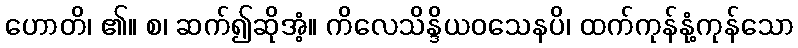
ဟောတိ၊ ၏။ စ၊ ဆက်၍ဆိုအံ့။ ကိလေသိန္ဒိယဝသေနပိ၊ ထက်ကုန်နုံ့ကုန်သော